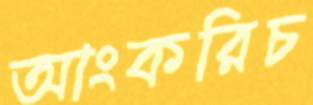
আংকরিচ